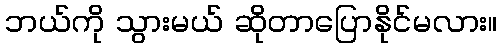
ဘယ်ကို သွားမယ် ဆိုတာပြောနိုင်မလား။